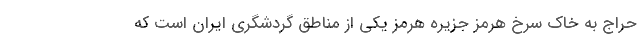
حراج به خاک سرخ هرمز جزیره هرمز یکی از مناطق گردشگری ایران است که